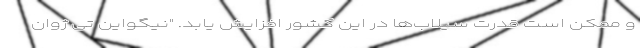
و ممکن است قدرت سیلاب‌ها در این کشور افزایش یابد. "نیگواین تی ژوان